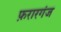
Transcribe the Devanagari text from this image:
फ़रारगंज